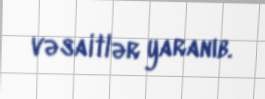
vəsaitlər yaranıb.